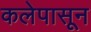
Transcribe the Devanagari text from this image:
कलेपासून